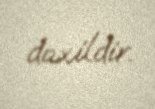
daxildir.